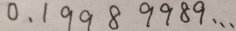
0 . 1 9 9 8 9 9 8 9 \cdots